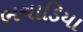
ભચાડિયા